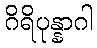
ဂိရိပုန္နာဂါ